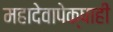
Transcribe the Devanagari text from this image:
महादेवापेक्षाही